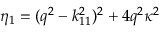
\eta _ { 1 } = ( q ^ { 2 } - k _ { 1 1 } ^ { 2 } ) ^ { 2 } + 4 q ^ { 2 } \kappa ^ { 2 }